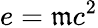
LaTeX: e=\mathfrak{m}c^{2}